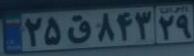
۲۵ق۸۴۳۲۹